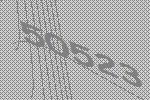
50523